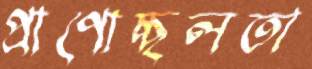
প্রাণোচ্ছলতা